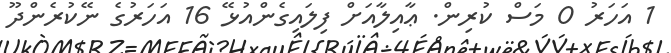
1 އަހަރު 0 މަސް ކުރިން. ޢާއިލާއަށް ފިލައިގެންއުޅޭ 16 އަހަރުގެ ނޭކުރެންދޫ